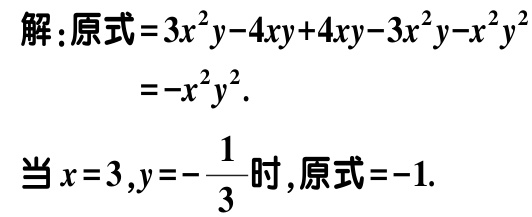
解：原式\(=3x^{2}y - 4xy + 4xy - 3x^{2}y - x^{2}y^{2}\)
\(=-x^{2}y^{2}\).
当\(x = 3,y = -\frac{1}{3}\)时,原式\(=-1\).